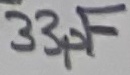
Text: 33pF